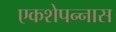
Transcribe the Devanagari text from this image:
एकशेपन्‍नास